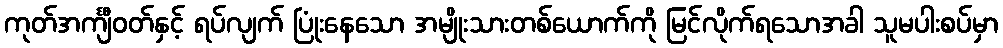
ကုတ်အင်္ကျီဝတ်နှင့် ရပ်လျက် ပြုံးနေသော အမျိုးသားတစ်ယောက်ကို မြင်လိုက်ရသောအခါ သူမပါးစပ်မှာ